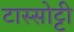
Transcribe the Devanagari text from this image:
टास्सोट्टी